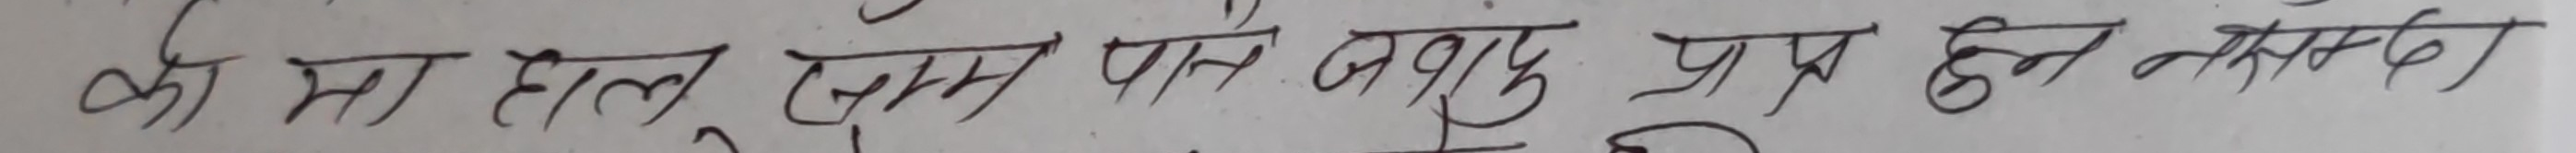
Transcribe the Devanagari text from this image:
की मा होल्न एक पनि जवाफ प्रप्त हुन नसक्ला